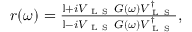
\begin{array} { r } { r ( \omega ) = \frac { \mathbb { I } + i V _ { \mathrm { ~ L ~ S ~ } } G ( \omega ) V _ { \mathrm { ~ L ~ S ~ } } ^ { \dagger } } { \mathbb { I } - i V _ { \mathrm { ~ L ~ S ~ } } G ( \omega ) V _ { \mathrm { ~ L ~ S ~ } } ^ { \dagger } } , } \end{array}